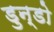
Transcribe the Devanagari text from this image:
डुन्डो